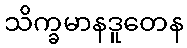
သိက္ခမာနဒူတေန